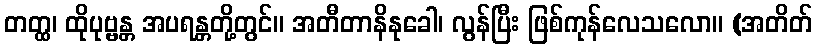
တတ္ထ၊ ထိုပုဗ္ဗန္တ အပရန္တတို့တွင်။ အတီတာနိနုခေါ၊ လွန်ပြီး ဖြစ်ကုန်လေသလော။ (အတိတ်